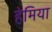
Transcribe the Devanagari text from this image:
हेमिया